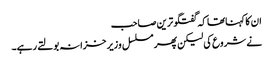
ان کا کہناتھا کہ گفتگو ترین صاحب
نے شروع کی لیکن پھر مسلسل وزیر خزانہ بولتے رہے۔